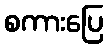
စကားပြေ